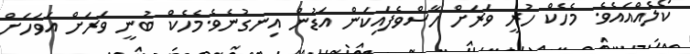
ކޯލެއްއައެވެ. މެހެކް ހުރީ ވަރަށް ހާސްވެފައިކަން އަޑުން އިނގުނެވެ.މެހެކް ބުނީ ވަރަށް އަވަހަށް